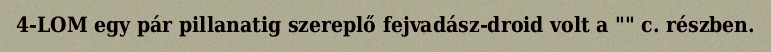
4-LOM egy pár pillanatig szereplő fejvadász-droid volt a "" c. részben.